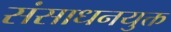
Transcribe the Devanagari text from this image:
संसाधनयुक्त